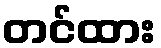
တင်ထား